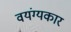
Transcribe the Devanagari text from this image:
वयंग्यकार